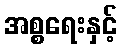
အစ္စရေးနှင့်